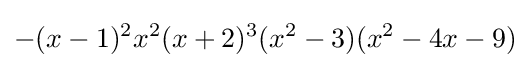
-(x-1)^{2}x^{2}(x+2)^{3}(x^{2}-3)(x^{2}-4x-9)